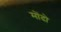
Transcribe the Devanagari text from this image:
मोंदो